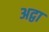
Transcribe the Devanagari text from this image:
अद्वा